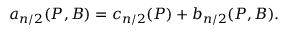
a _ { n / 2 } ( P , { \cal B } ) = c _ { n / 2 } ( P ) + b _ { n / 2 } ( P , { \cal B } ) .